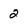
Character: 2